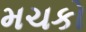
મચકો